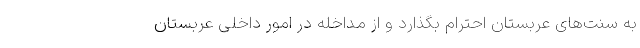
به سنت‌های عربستان احترام بگذارد و از مداخله در امور داخلی عربستان